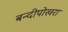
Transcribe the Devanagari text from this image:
बन्दीपोखरा